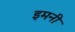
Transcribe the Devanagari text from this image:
इमनी